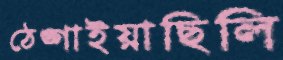
ঠেঙ্গাইয়াছিলি